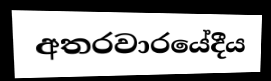
අතරවාරයේදීය